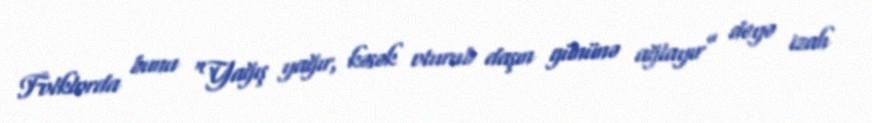
Folklorda bunu “Yağış yağır, kəsək oturub daşın gününə ağlayır” deyə izah